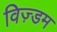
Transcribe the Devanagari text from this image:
विज़्डम